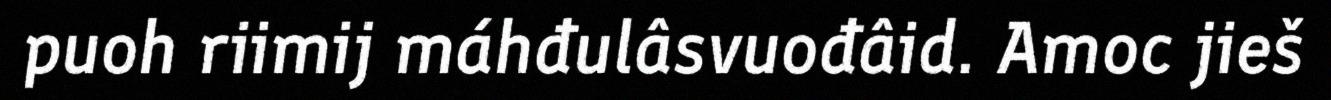
puoh riimij máhđulâsvuođâid. Amoc jieš